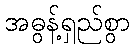
အဓွန့်ရှည်စွာ